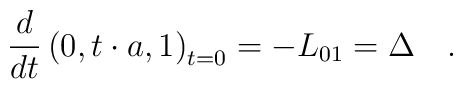
\frac d{dt}\left( 0,t\cdot a,1\right) _{t=0}=-L_{01}=\Delta\quad .